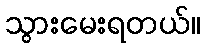
သွားမေးရတယ်။